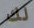
لك